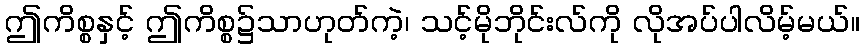
ဤကိစ္စနှင့် ဤကိစ္စ၌သာဟုတ်ကဲ့၊ သင့်မိုဘိုင်းလ်ကို လိုအပ်ပါလိမ့်မယ်။